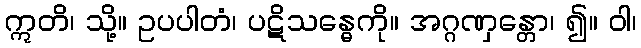
ဣတိ၊ သို့။ ဥပပါတံ၊ ပဋိသန္ဓေကို။ အဂ္ဂဏှန္တော၊ ၍။ ဝါ၊